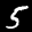
Label: 5